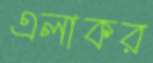
এলাকর